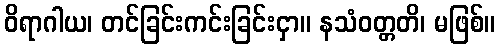
ဝိရာဂါယ၊ တင်ခြင်းကင်းခြင်းငှာ။ နသံဝတ္တတိ၊ မဖြစ်။